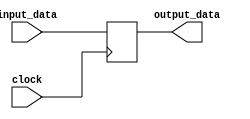
module register (
    input clock,
    input [7:0] input_data,
    output reg [7:0] output_data
);

reg [7:0] storage_element;

always @(posedge clock) begin
    storage_element <= input_data;
end

assign output_data = storage_element;

endmodule